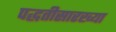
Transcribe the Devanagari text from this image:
पद्धतीसारख्या